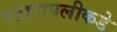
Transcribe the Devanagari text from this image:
पठारापलीकडे